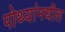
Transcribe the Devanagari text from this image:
पोथ्यांमधील